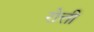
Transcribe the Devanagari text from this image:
रोत्ती